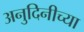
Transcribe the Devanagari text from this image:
अनुदिनीच्या